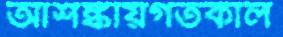
আশঙ্কায়গতকাল